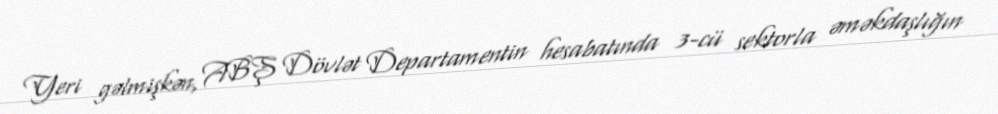
Yeri gəlmişkən, ABŞ Dövlət Departamentin hesabatında 3-cü sektorla əməkdaşlığın